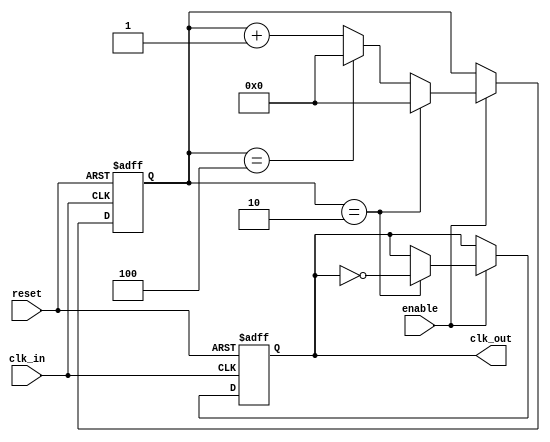
module dual_modulus_clock_divider (
    input wire clk_in,
    input wire reset,
    input wire enable,
    output reg clk_out
);

parameter MOD1 = 3; // First modulus value
parameter MOD2 = 5; // Second modulus value

reg [7:0] counter;

always @(posedge clk_in or posedge reset) begin
    if (reset) begin
        counter <= 0;
        clk_out <= 0;
    end else if (enable) begin
        if (counter == MOD1-1) begin
            counter <= 0;
            clk_out <= ~clk_out;
        end else if (counter == MOD2-1) begin
            counter <= 0;
        end else begin
            counter <= counter + 1;
        end
    end
end

endmodule